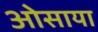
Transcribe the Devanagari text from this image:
ओसाया